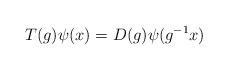
LaTeX: \begin{align*}T(g)\psi(x)=D(g)\psi(g^{-1}x)\end{align*}